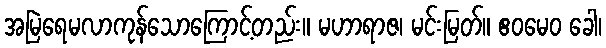
အမြဲရေမလာကုန်သောကြောင့်တည်း။ မဟာရာဇ၊ မင်းမြတ်။ ဧဝမေဝ ခေါ၊